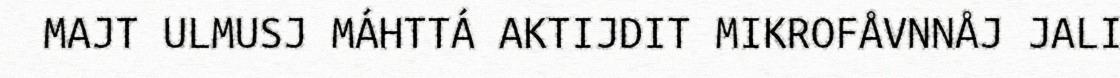
MAJT ULMUSJ MÁHTTÁ AKTIJDIT MIKROFÅVNNÅJ JALI